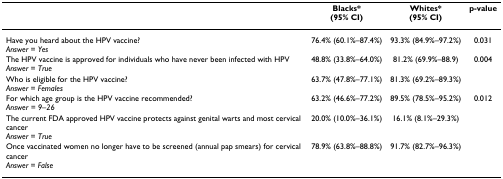
<table><thead><tr><td></td><td><b>Blacks*(95% CI)</b></td><td><b>Whites*(95% CI)</b></td><td><b>p-value</b></td></tr></thead><tbody><tr><td>Have you heard about the HPV vaccine?<i>Answer = Yes</i></td><td>76.4% (60.1%–87.4%)</td><td>93.3% (84.9%–97.2%)</td><td>0.031</td></tr><tr><td>The HPV vaccine is approved for individuals who have never been infected with HPV<i>Answer = True</i></td><td>48.8% (33.8%–64.0%)</td><td>81.2% (69.9%–88.9)</td><td>0.004</td></tr><tr><td>Who is eligible for the HPV vaccine?<i>Answer = Females</i></td><td>63.7% (47.8%–77.1%)</td><td>81.3% (69.2%–89.3%)</td><td></td></tr><tr><td>For which age group is the HPV vaccine recommended?<i>Answer = 9–26</i></td><td>63.2% (46.6%–77.2%)</td><td>89.5% (78.5%–95.2%)</td><td>0.012</td></tr><tr><td>The current FDA approved HPV vaccine protects against genital warts and most cervical cancer<i>Answer = True</i></td><td>20.0% (10.0%–36.1%)</td><td>16.1% (8.1%–29.3%)</td><td></td></tr><tr><td>Once vaccinated women no longer have to be screened (annual pap smears) for cervical cancer<i>Answer = False</i></td><td>78.9% (63.8%–88.8%)</td><td>91.7% (82.7%–96.3%)</td><td></td></tr></tbody></table>